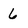
Character: 6